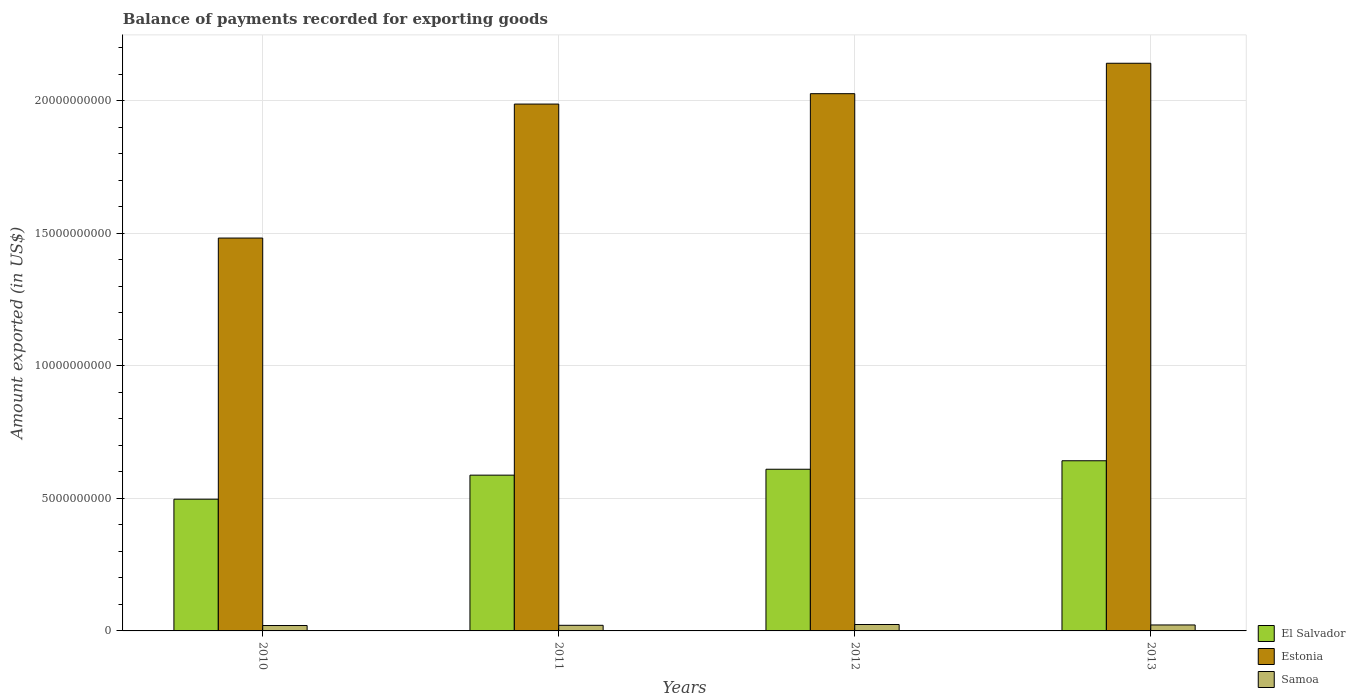
| Years | El Salvador | Estonia | Samoa |
 | --- | --- | --- | --- |
 | 2010 | 4.97e+09 | 1.48e+10 | 2.04e+08 |
 | 2011 | 5.88e+09 | 1.99e+10 | 2.12e+08 |
 | 2012 | 6.1e+09 | 2.03e+10 | 2.42e+08 |
 | 2013 | 6.42e+09 | 2.14e+10 | 2.25e+08 |